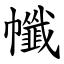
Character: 㡨